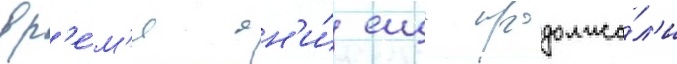
вр'е́м'я он'и́ еще продолжа́л'и